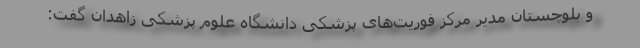
و بلوچستان مدیر مرکز فوریت‌های پزشکی دانشگاه علوم پزشکی زاهدان گفت: